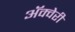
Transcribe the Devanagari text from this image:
अॅक्वेरी